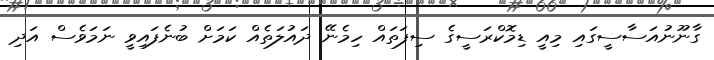
ގާނޫނުއަސާސީގައި މިއީ ޑިމޮކްރަސީގެ ސިފަތައް ހިމެނޭ ދައުލަތެއް ކަމަށް ބުނެފައިވީ ނަމަވެސް އަދި